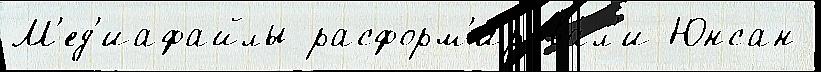
М'ед'иафайлы расформ'ирова́л'и Юнсан